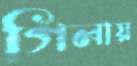
গিলায়